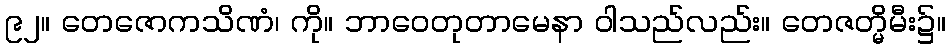
၉၂။ တေဇောကသိဏံ၊ ကို။ ဘာဝေတုတာမေနာ ဝါသည်လည်း။ တေဇတ္မိမီး၌။